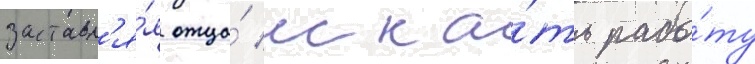
заставл'я́я отца́ иска́ть рабо́ту